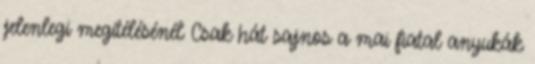
jelenlegi megítélésénél Csak hát sajnos a mai fiatal anyukák